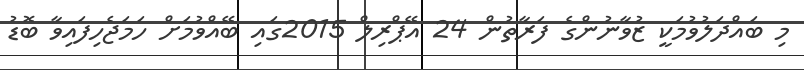
މި ބައްދަލުވުމަކީ ޒުވާނުންގެ ފަރާތުން 24 އޭޕްރިލް 2015ގައި ބޭއްވުމަށް ހަމަޖެހިފައިވާ ބޮޑު